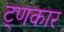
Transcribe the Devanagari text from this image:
ट्णकार